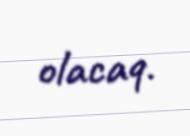
olacaq.